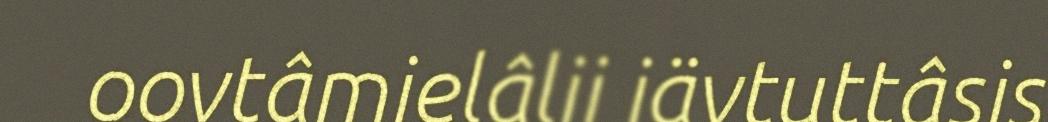
oovtâmielâlii iävtuttâsis